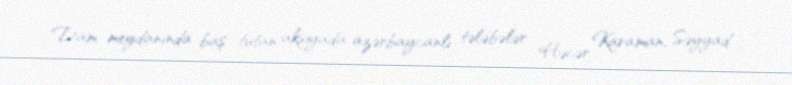
Dam meydanında baş tutan aksiyada azərbaycanlı tələbələr Həcər Karaman, Səyyad